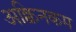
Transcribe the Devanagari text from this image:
अक्विनकम